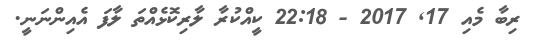
ރިބާ މެއި 17